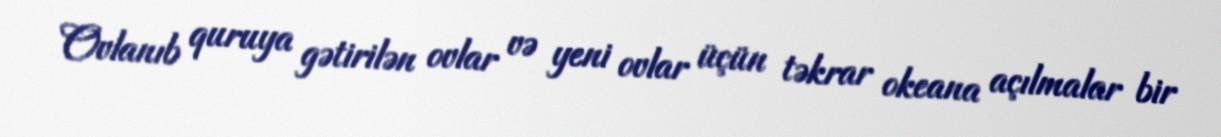
Ovlanıb quruya gətirilən ovlar və yeni ovlar üçün təkrar okeana açılmalar bir